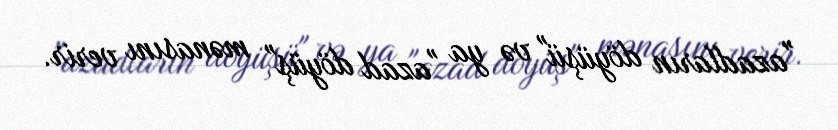
"azadların döyüşü" və ya "azad döyüş" mənasını verir.